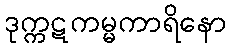
ဒုက္ကဋကမ္မကာရိနော